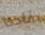
ناجحا